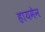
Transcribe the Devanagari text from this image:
हायमेन